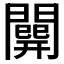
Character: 𨶘